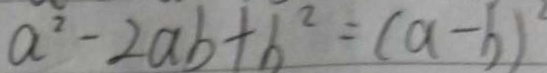
a ^ { 2 } - 2 a b + b ^ { 2 } = ( a - b ) ^ { 2 }